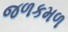
જળકમળ